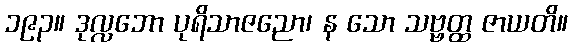
၁၉၃။ ဒုလ္လဘော ပုရိသာဇညော၊ န သော သဗ္ဗတ္ထ ဇာယတိ။